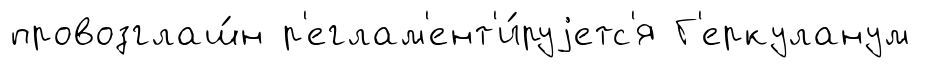
провозглаш́н р'еглам'ент'и́руjетс'я Г'еркуланум